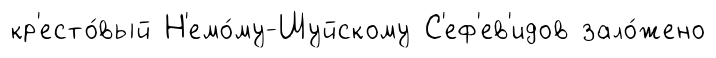
кр'есто́вый Н'емо́му-Шуйскому С'еф'ев'идов зало́жено